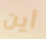
أين